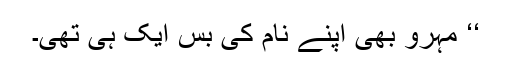
‘‘ مہرو بھی اپنے نام کی بس ایک ہی تھی۔